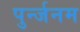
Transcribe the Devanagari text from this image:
पुर्न्जनम